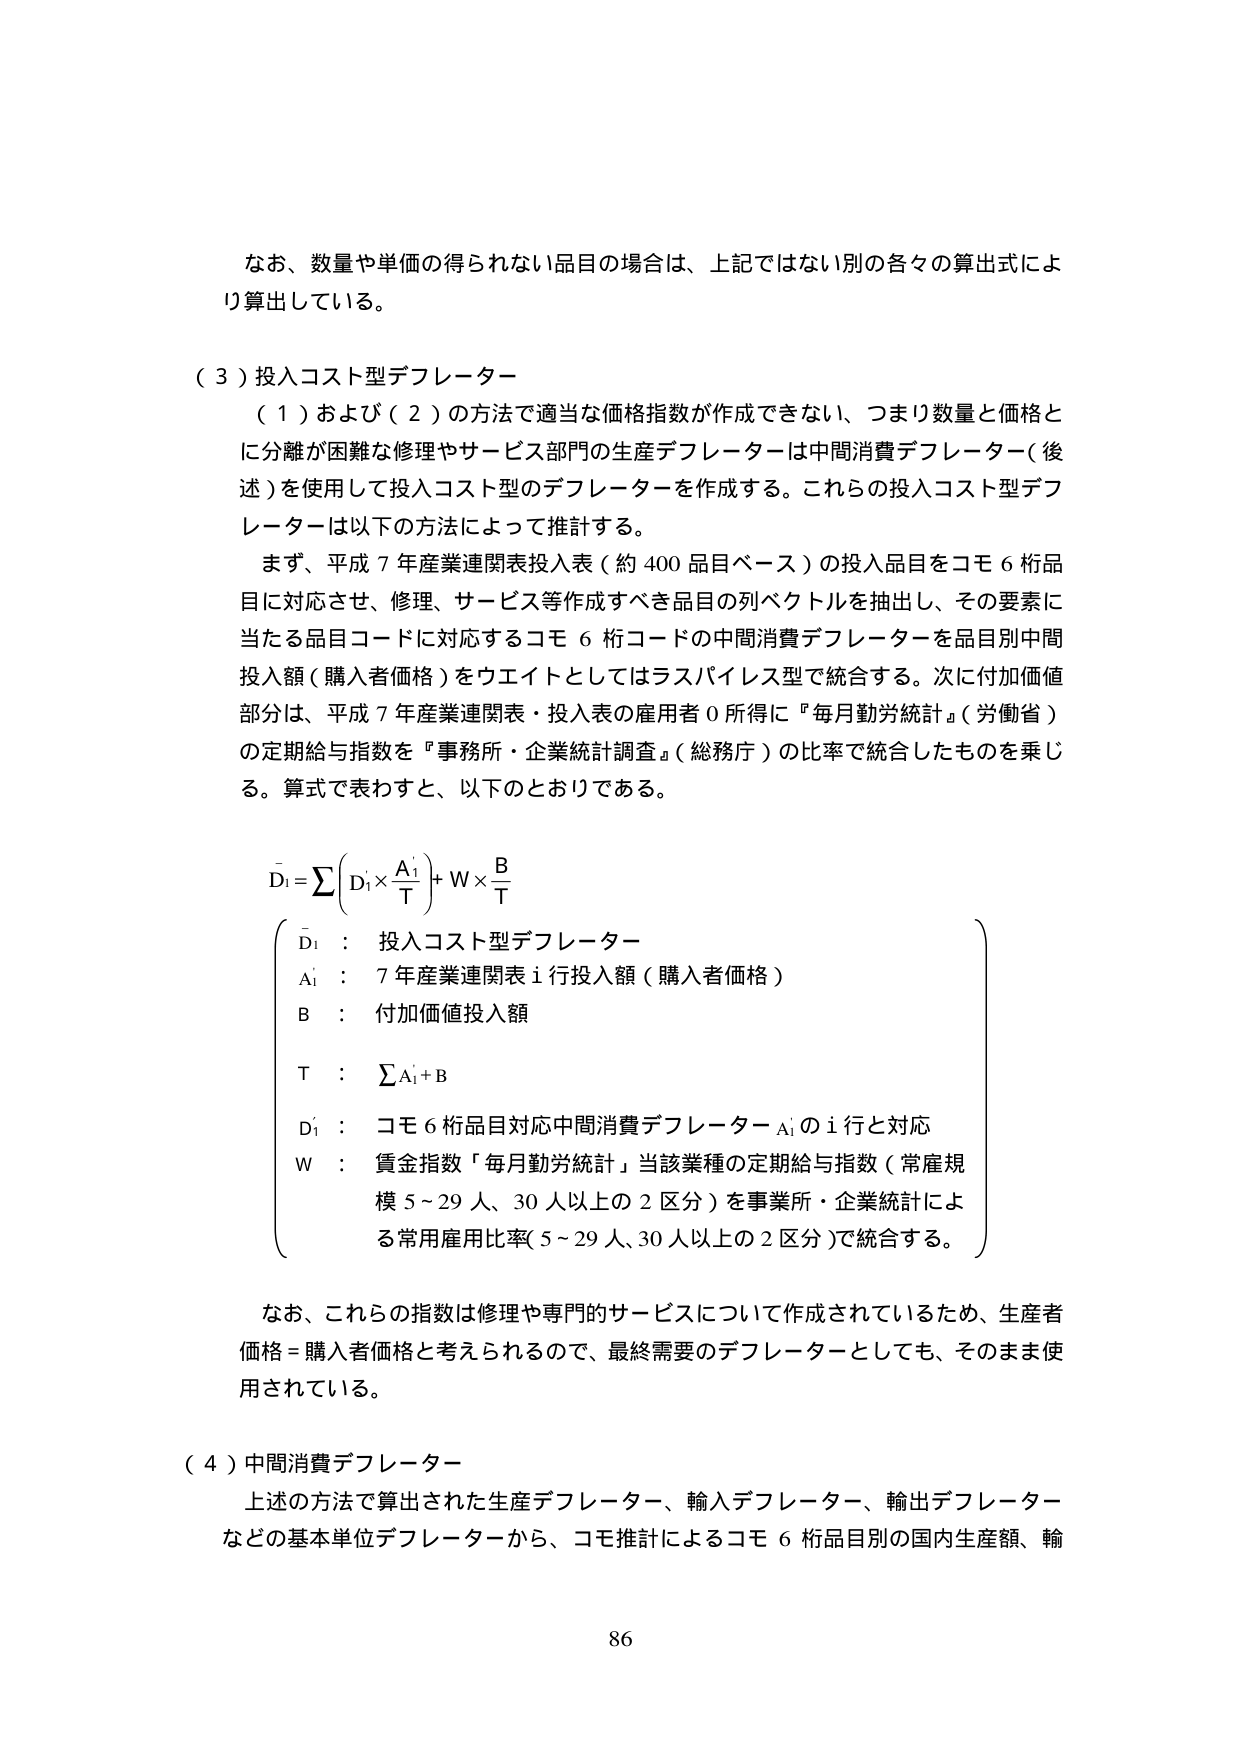
なお、数量や単価の得られない品目の場合は、上記ではない別の各々の算出式により算出している。

（３）投入コスト型デフレーター
（１）および（２）の方法で適当な価格指数が作成できない、つまり数量と価格とに分離が困難な修理やサービス部門の生産デフレーターは中間消費デフレーター（後述）を使用して投入コスト型のデフレーターを作成する。これらの投入コスト型デフレーターは以下の方法によって推計する。
まず、平成７年産業連関表投入表（約400品目ベース）の投入品目をコモ６桁品目に対応させ、修理、サービス等作成すべき品目の列ベクトルを抽出し、その要素に当たる品目コードに対応するコモ６桁コードの中間消費デフレーターを品目別中間投入額（購入者価格）をウエイトとしてはラスパイレス型で統合する。次に付加価値部分は、平成７年産業連関表・投入表の雇用者０所得に『毎月勤労統計』（労働省）の定期給与指数を『事務所・企業統計調査』（総務庁）の比率で統合したものを乗じる。算式で表わすと、以下のとおりである。

D̄i = Σ(Di × Ai/T) + W × B/T

（
D̄i ： 投入コスト型デフレーター
Ai ： ７年産業連関表ｉ行投入額（購入者価格）
B ： 付加価値投入額
T ： ΣAi + B
Di ： コモ６桁品目対応中間消費デフレーターAiのｉ行と対応
W ： 賃金指数『毎月勤労統計』当該業種の定期給与指数（常雇規模５～29人、30人以上の２区分）を事業所・企業統計による常用雇用比率（５～29人、30人以上の２区分）で統合する。
）

なお、これらの指数は修理や専門的サービスについて作成されているため、生産者価格＝購入者価格と考えられるので、最終需要のデフレーターとしても、そのまま使用されている。

（４）中間消費デフレーター
上述の方法で算出された生産デフレーター、輸入デフレーター、輸出デフレーターなどの基本単位デフレーターから、コモ推計によるコモ６桁品目別の国内生産額、輸

86